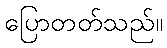
ပြောတတ်သည်။